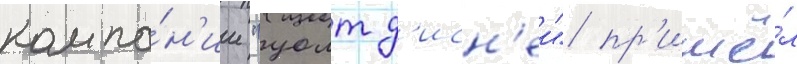
компа́н'ии "уолт д'исн'еи" пр'ишё́л